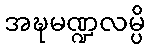
အဍ္ဎမဏ္ဍလမ္ပိ